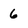
Character: 6